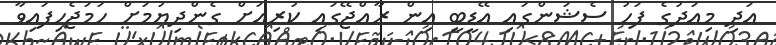
އަދި މިއަދުގެ ފަހު ސެޝަންގައި އޭޑީބީ އިން ރާއްޖޭގައި ކުރިއަށް ގެންދިޔުމަށް ހަމަޖެހިފައިވާ